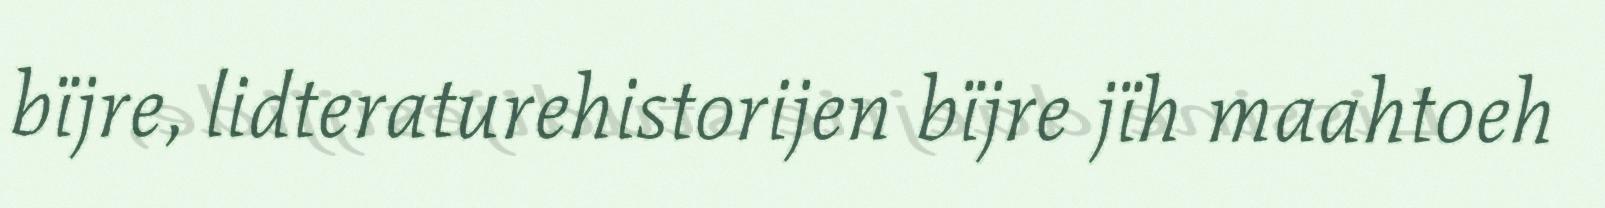
bïjre, lidteraturehistorijen bïjre jïh maahtoeh